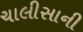
ચાલીસાની